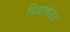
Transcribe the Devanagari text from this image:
विद्यापीठत